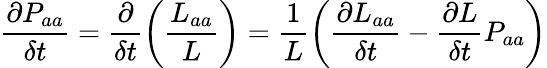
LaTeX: \frac{\partial P_{aa}}{\delta t}=\frac{\partial}{\delta t}\left(\frac{L_{aa}}{L}\right)=\frac{1}{L}\left(\frac{\partial L_{aa}}{\delta t}-\frac{\partial L}{\delta t}P_{aa}\right)